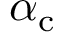
\alpha _ { \mathrm { c } }